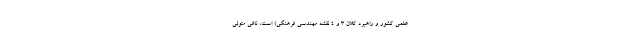
علمی کشور و راهبرد کلان ۳ و ۴ نقشه مهندسی فرهنگی) است، نافی متولی